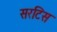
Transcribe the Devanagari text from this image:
सरटिस